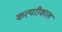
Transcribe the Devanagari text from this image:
कत्यरीकाल